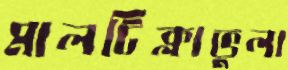
মালটিক্লাভুলা